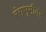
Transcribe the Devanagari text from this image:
रंंगभूमीवर